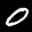
Label: 0